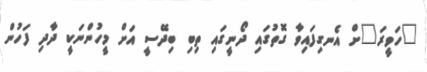
"ހަވީރަ"ށް އެނގިފައިވާ ގޮތުގައި ދޯނީގައި ތިބި ބިދޭސީ އަށް މީހުންނަކީ ދާދި ފަހުން